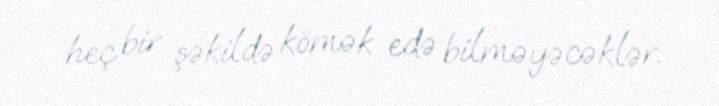
heç bir şəkildə kömək edə bilməyəcəklər.